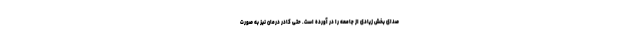
صدای بخش زیادی از جامعه را در آورده است. حتی کادر درمان نیز به صورت